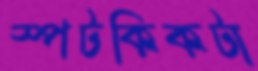
স্পটকিকটা